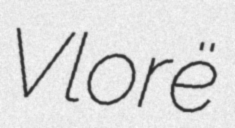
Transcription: Vlorë